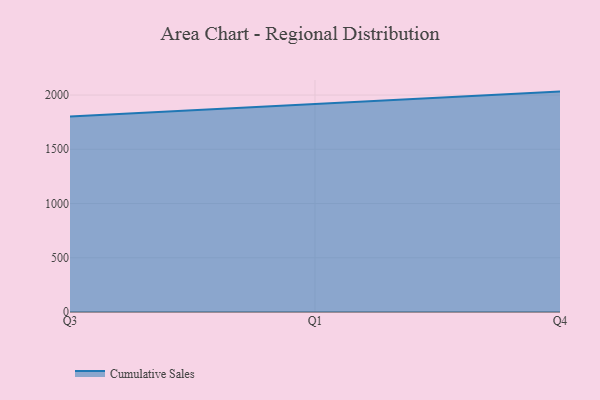
{"axis": {"x": "Quarter", "y": "Tickets Resolved"}, "legend": ["Cumulative Sales"], "data": [{"x": "Q3", "y": 1802.9, "type": "Cumulative Sales"}, {"x": "Q1", "y": 1918.0, "type": "Cumulative Sales"}, {"x": "Q4", "y": 2031.7, "type": "Cumulative Sales"}]}